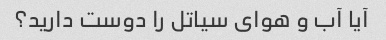
آیا آب و هوای سیاتل را دوست دارید؟